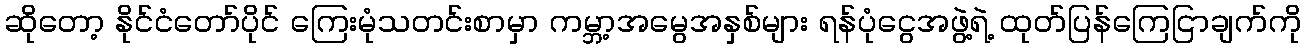
ဆိုတော့ နိုင်ငံတော်ပိုင် ကြေးမုံသတင်းစာမှာ ကမ္ဘာ့အမွေအနှစ်များ ရန်ပုံငွေအဖွဲ့ရဲ့ ထုတ်ပြန်ကြေငြာချက်ကို